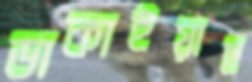
ডাকাইয়াছ